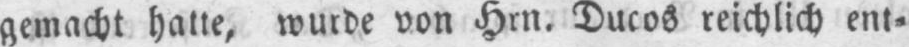
gemacht hatte, wurde von Hrn. Ducos reichlich ent⸗